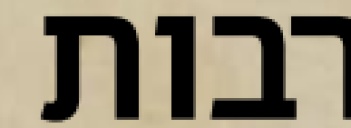
רבות